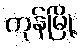
ကုန်မြို့